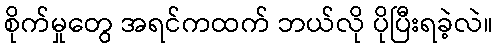
စိုက်မှုတွေ အရင်ကထက် ဘယ်လို ပိုပြီးရခဲ့လဲ။